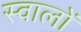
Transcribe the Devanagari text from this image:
स्वालों